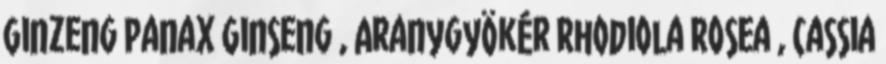
Ginzeng Panax Ginseng , Aranygyökér Rhodiola Rosea , Cassia